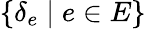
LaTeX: \{ \delta_{e}\mid e\in E\}